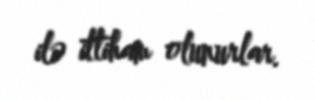
ilə ittiham olunurlar.